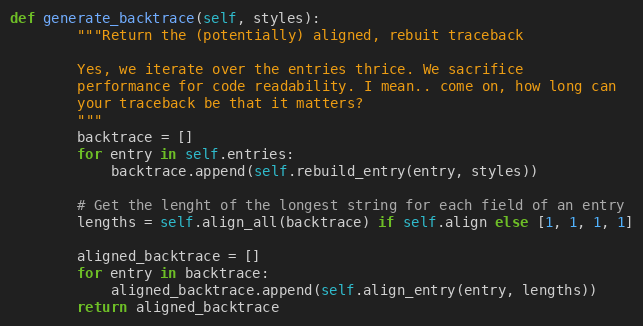
Language: Python
def generate_backtrace(self, styles):
        """Return the (potentially) aligned, rebuit traceback

        Yes, we iterate over the entries thrice. We sacrifice
        performance for code readability. I mean.. come on, how long can
        your traceback be that it matters?
        """
        backtrace = []
        for entry in self.entries:
            backtrace.append(self.rebuild_entry(entry, styles))

        # Get the lenght of the longest string for each field of an entry
        lengths = self.align_all(backtrace) if self.align else [1, 1, 1, 1]

        aligned_backtrace = []
        for entry in backtrace:
            aligned_backtrace.append(self.align_entry(entry, lengths))
        return aligned_backtrace